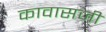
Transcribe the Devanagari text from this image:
कावासजी